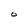
Character: O